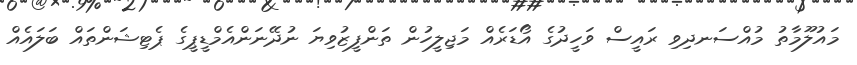
މައުލޫމާތު މުއްސަނދިވި ރައީސް ވަހީދުގެ އޯޑަރެއް މަޖިލީހުން ތަންފީޒުވިޔަ ނުދޭނަންއެމްޑީޕީގެ ޕެޓިޝަންތައް ބަލައެއް